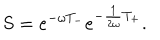
S = e ^ { - \omega T _ { - } } e ^ { - \frac { 1 } { 2 \omega } T _ { + } } .